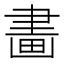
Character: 畵